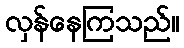
လှန်နေကြသည်။